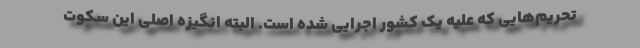
تحریم‌هایی که علیه یک کشور اجرایی شده است. البته انگیزه اصلی این سکوت